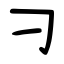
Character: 刁